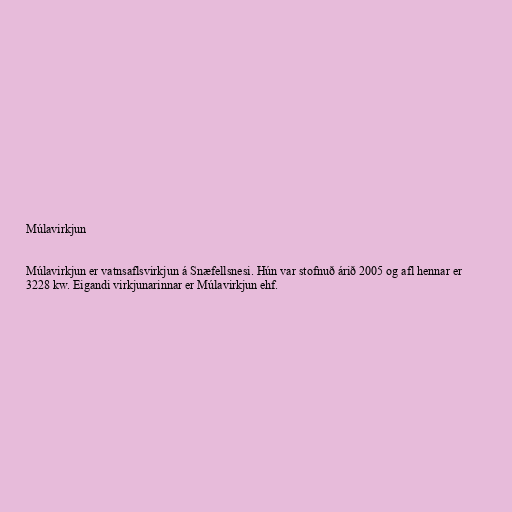
Múlavirkjun

Múlavirkjun er vatnsaflsvirkjun á Snæfellsnesi. Hún var stofnuð árið 2005 og afl hennar er
3228 kw. Eigandi virkjunarinnar er Múlavirkjun ehf.